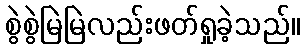
စွဲစွဲမြဲမြဲလည်းဖတ်ရှုခဲ့သည်။